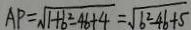
A P = \sqrt { 1 + b ^ { 2 } - 4 b + 4 } = \sqrt { 6 ^ { 2 } - 4 b + 5 }